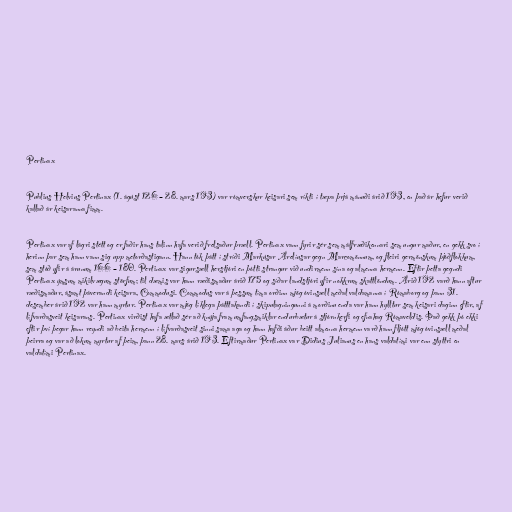
Pertinax

Publius Helvius Pertinax (1. ágúst 126 – 28. mars 193) var rómverskur keisari sem ríkti í tæpa þrjá mánuði árið 193, en það ár hefur verið
kallað ár keisaranna fimm.

Pertinax var af lágri stétt og er faðir hans talinn hafa verið frelsaður þræll. Pertinax vann fyrir sér sem málfræðikennari sem ungur maður, en gekk svo í
herinn þar sem hann vann sig upp metorðastigann. Hann tók þátt í stríði Markúsar Árelíusar gegn Marcomönnum, og fleiri germönskum þjóðflokkum,
sem stóð yfir á árunum 166 – 180. Pertinax var sigursæll herstjóri en þótti strangur við undirmenn sína og almenna hermenn. Eftir þetta gegndi
Pertinax ýmsum mikilvægum störfum; til dæmis var hann ræðismaður árið 175 og síðar landstjóri yfir nokkrum skattlöndum. Árið 192 varð hann aftur
ræðismaður, ásamt þáverandi keisara, Commodusi. Commodus var á þessum tíma orðinn mjög óvinsæll meðal valdamanna í Rómaborg og þann 31.
desember árið 192 var hann myrtur. Pertinax var mjög líklega þátttakandi í skipulagningunni á morðinu enda var hann hylltur sem keisari daginn eftir, af
lífvarðasveit keisarans. Pertinax virðist hafa ætlað sér að knýja fram umfangsmiklar endurbætur á stjórnkerfi og efnahag Rómaveldis. Það gekk þó ekki
eftir því þegar hann reyndi að beita hermenn í lífvarðasveit sinni sama aga og hann hafði áður beitt almenna hermenn varð hann fljótt mjög óvinsæll meðal
þeirra og var að lokum myrtur af þeim, þann 28. mars árið 193. Eftirmaður Pertinax var Didius Julianus en hans valdatími var enn styttri en
valdatími Pertinax.